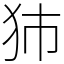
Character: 犻